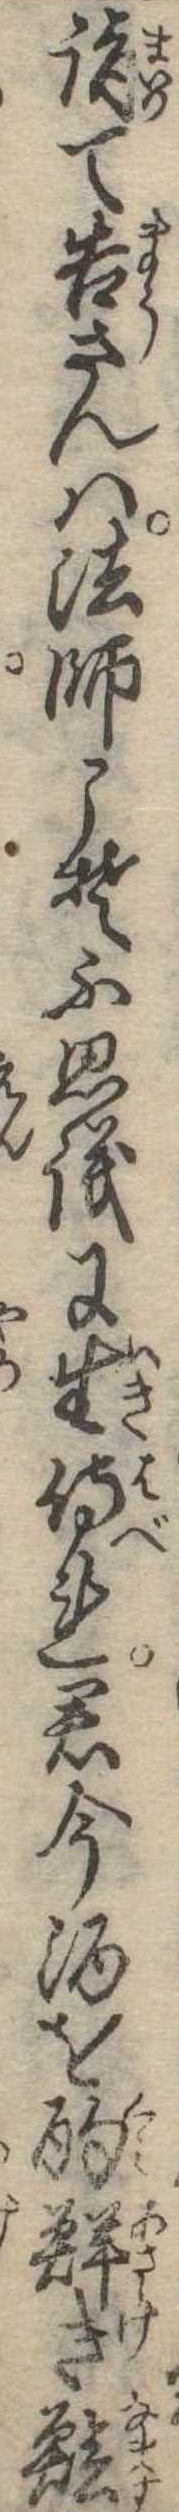
詣て告さんは法師こそ不思議に生侍れ君今酒を酌鮮き鱠